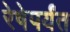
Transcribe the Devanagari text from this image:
रेषेपर्यंत